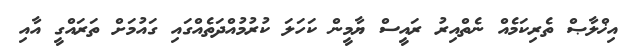
އިޚްލާޞް ތެރިކަމެއް ނެތްއިރު ރައީސް ޔާމީން ކަހަލަ ކުރުމުއްދަތެއްގައި ގައުމަށް ތަރައްގީ އާއި